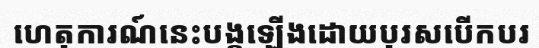
ហេតុការណ៍នេះបង្កឡើងដោយបុរសបើកបរ